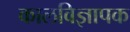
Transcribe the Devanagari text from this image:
कालविज्ञापक